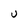
Character: U